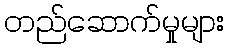
တည်ဆောက်မှုများ